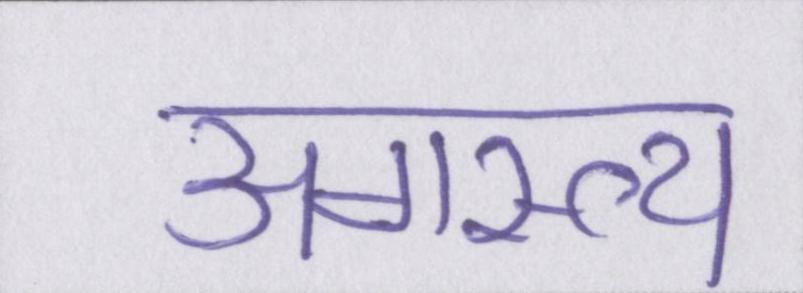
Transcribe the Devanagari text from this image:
अगस्त्य